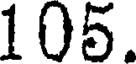
105.